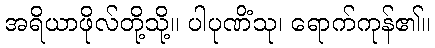
အရိယာဖိုလ်တို့သို့။ ပါပုဏိံသု၊ ရောက်ကုန်၏။